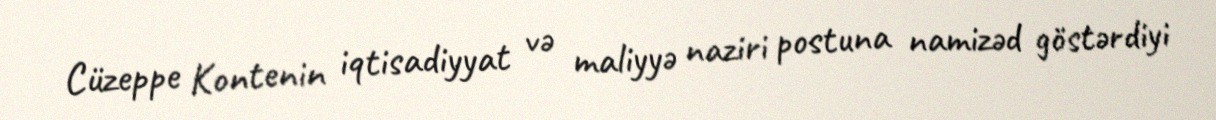
Cüzeppe Kontenin iqtisadiyyat və maliyyə naziri postuna namizəd göstərdiyi